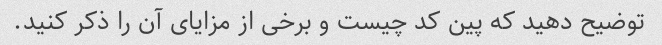
توضیح دهید که پین کد چیست و برخی از مزایای آن را ذکر کنید.